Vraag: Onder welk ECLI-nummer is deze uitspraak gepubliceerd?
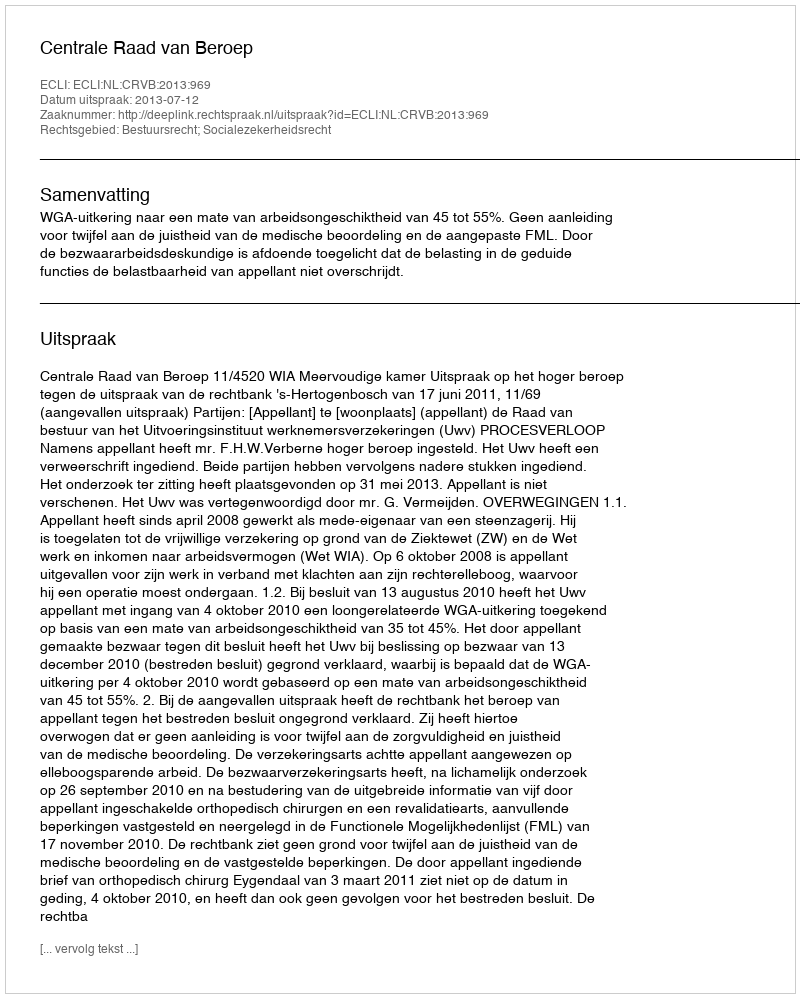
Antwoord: ECLI:NL:CRVB:2013:969